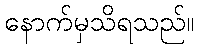
နောက်မှသိရသည်။